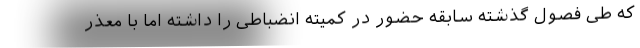
که طی فصول گذشته سابقه حضور در کمیته انضباطی را داشته اما با معذر